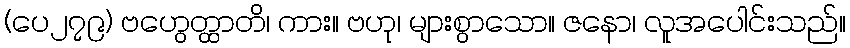
(ပေ၂၇၉) ဗဟွေတ္ထာတိ၊ ကား။ ဗဟု၊ များစွာသော။ ဇနော၊ လူအပေါင်းသည်။